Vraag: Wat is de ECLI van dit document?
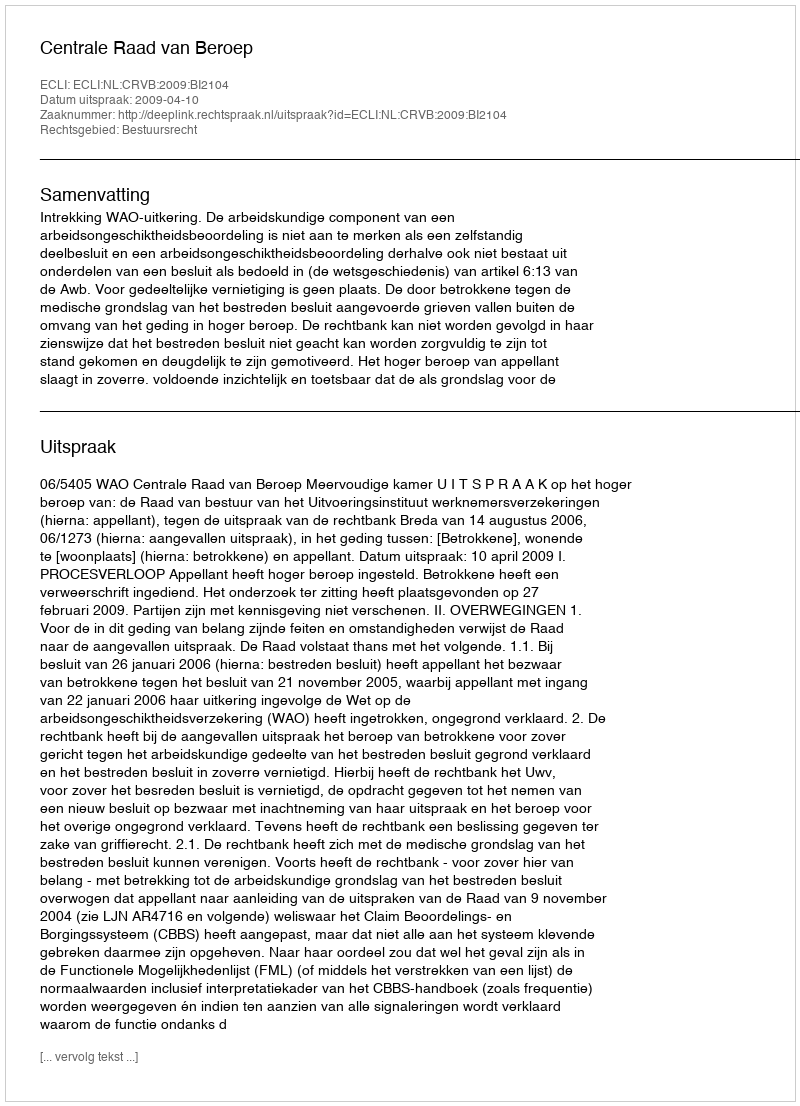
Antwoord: ECLI:NL:CRVB:2009:BI2104